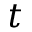
t